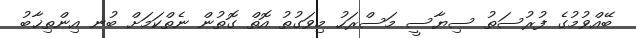
ބޭއްވުމުގެ ފުރުސަތު ސިޔާސީ މަސްރަހު މިވަގުތު އޮތް ގޮތުން ނެތްކަމަށް ބުނ އިންތިޚާބު